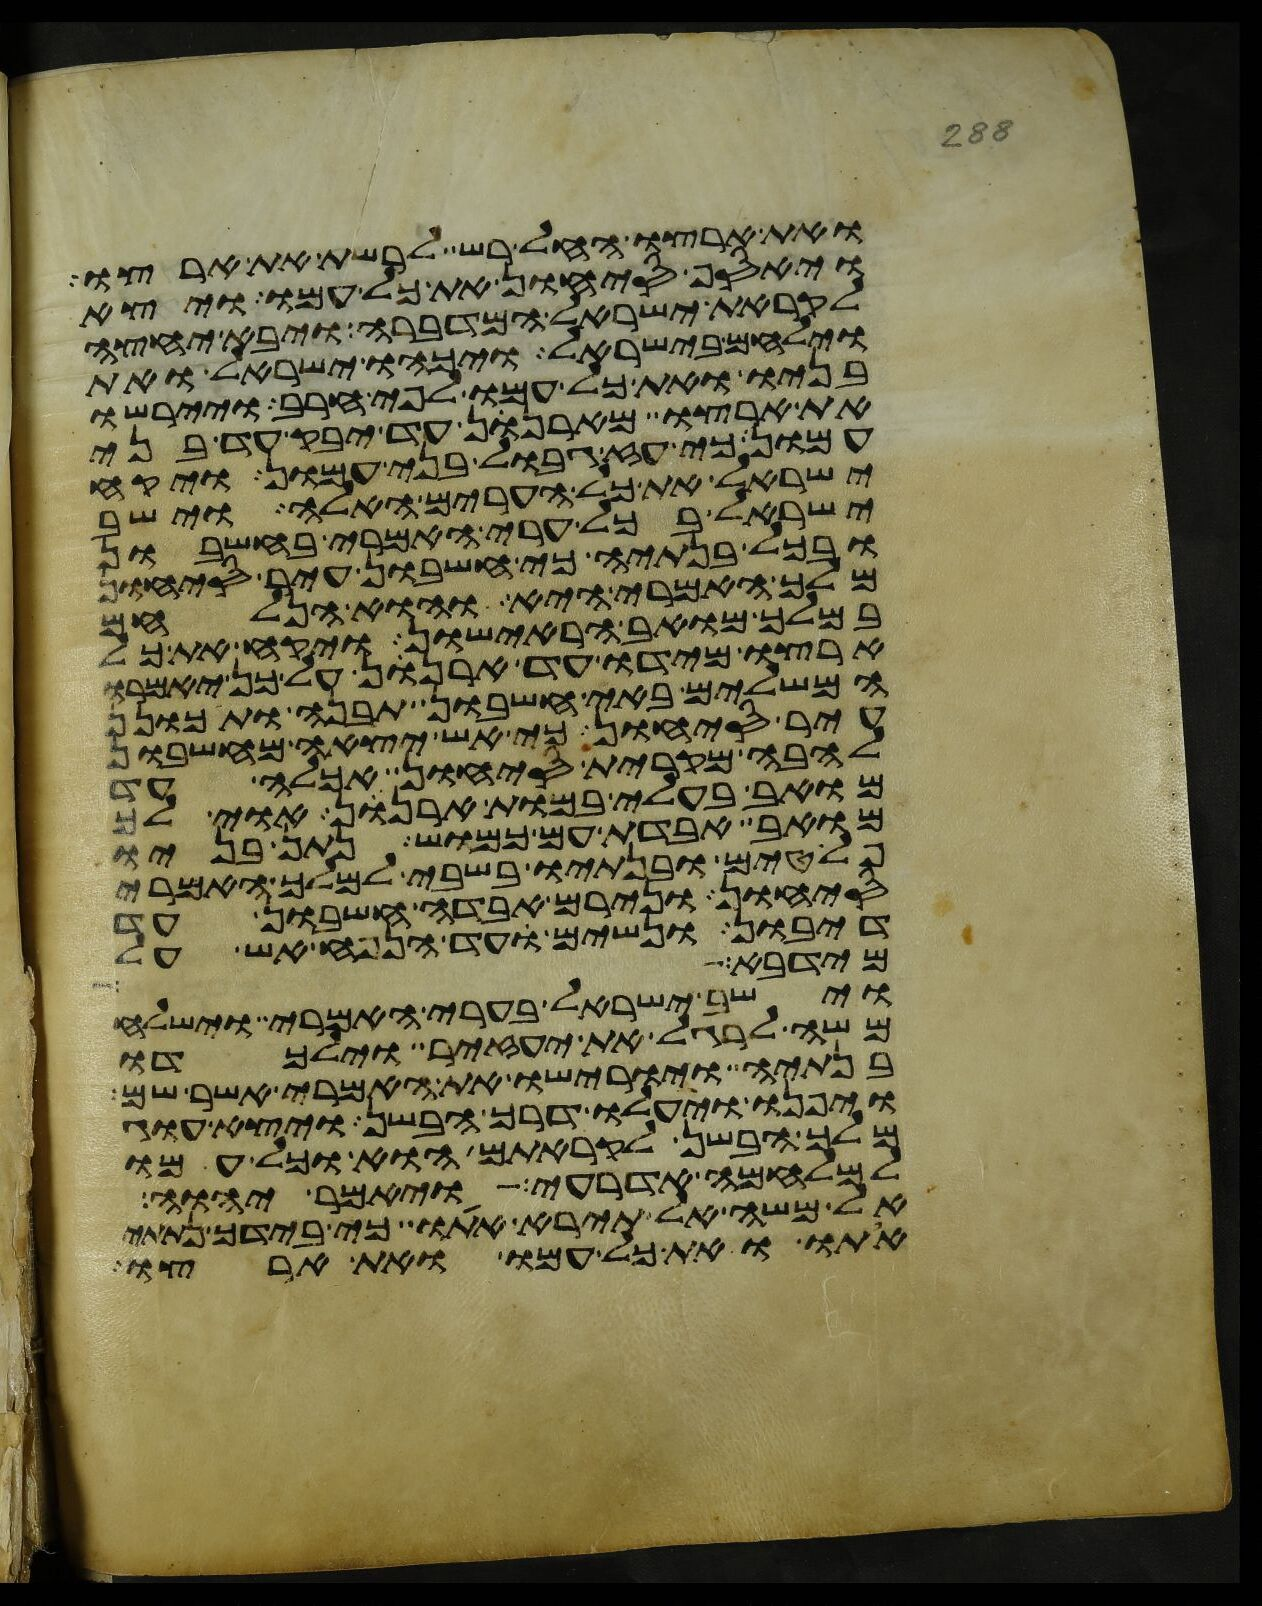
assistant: ואת ארצו החל רש לרשת את ארצו
ויאסף סיחון את כל עמו ויצא
לקראת ישראל המדברה ויבא יחצה
וילחם בישראל ויכהו ישראל ואת
בניו ואת כל עמו לפי חרב ויירשו
את ארצו מארנן עד יבק עד בני
עמון כי עז גבול בני עמון ויקח
ישראל את כל הערים האלה וישב
ישראל בכל ערי האמרי בחשבון
ובכל בנתיה כי חשבון עיר סיחון
מלך האמרי היא והוא הנלחם
במלך מואב הראישון ויקח את כל
ארצו מידו עד ארנן על כן יאמרו
המשלים באי חשבון תבנה ותתכונן
עיר סיחון כי אש יצאה מחשבון
להבה מקרית סיחון אכלה עד
מואב בעלי במות ארנן אוי לך
מואב אבדת עם כמוש נתן בניו
פלטים ובנתיו בשבי למלך האמרי
סיחון ונירם אבדה חשבון עד
דיבון ונשים עד הנפח אש על
מידבא
וישב ישראל בערי האמרי וישלח
משה לרגל את יעזיר וילכדו
בנתיה ויורישו את האמרי אשר שם
ויפנו ויעלו דרך הבשן ויצא עוג
מלך הבשן לקראתם הוא וכל עמו
למלחמה אדרעי ויאמר יהוה
אל משה אל תירא אתו כי בידך נתתי
אתו ואת כל עמו ואת ארצו